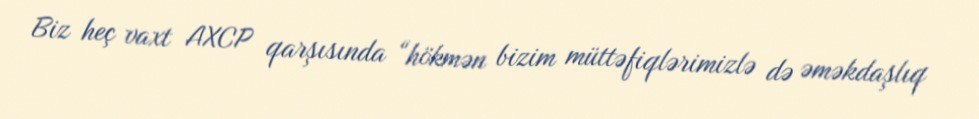
Biz heç vaxt AXCP qarşısında “hökmən bizim müttəfiqlərimizlə də əməkdaşlıq